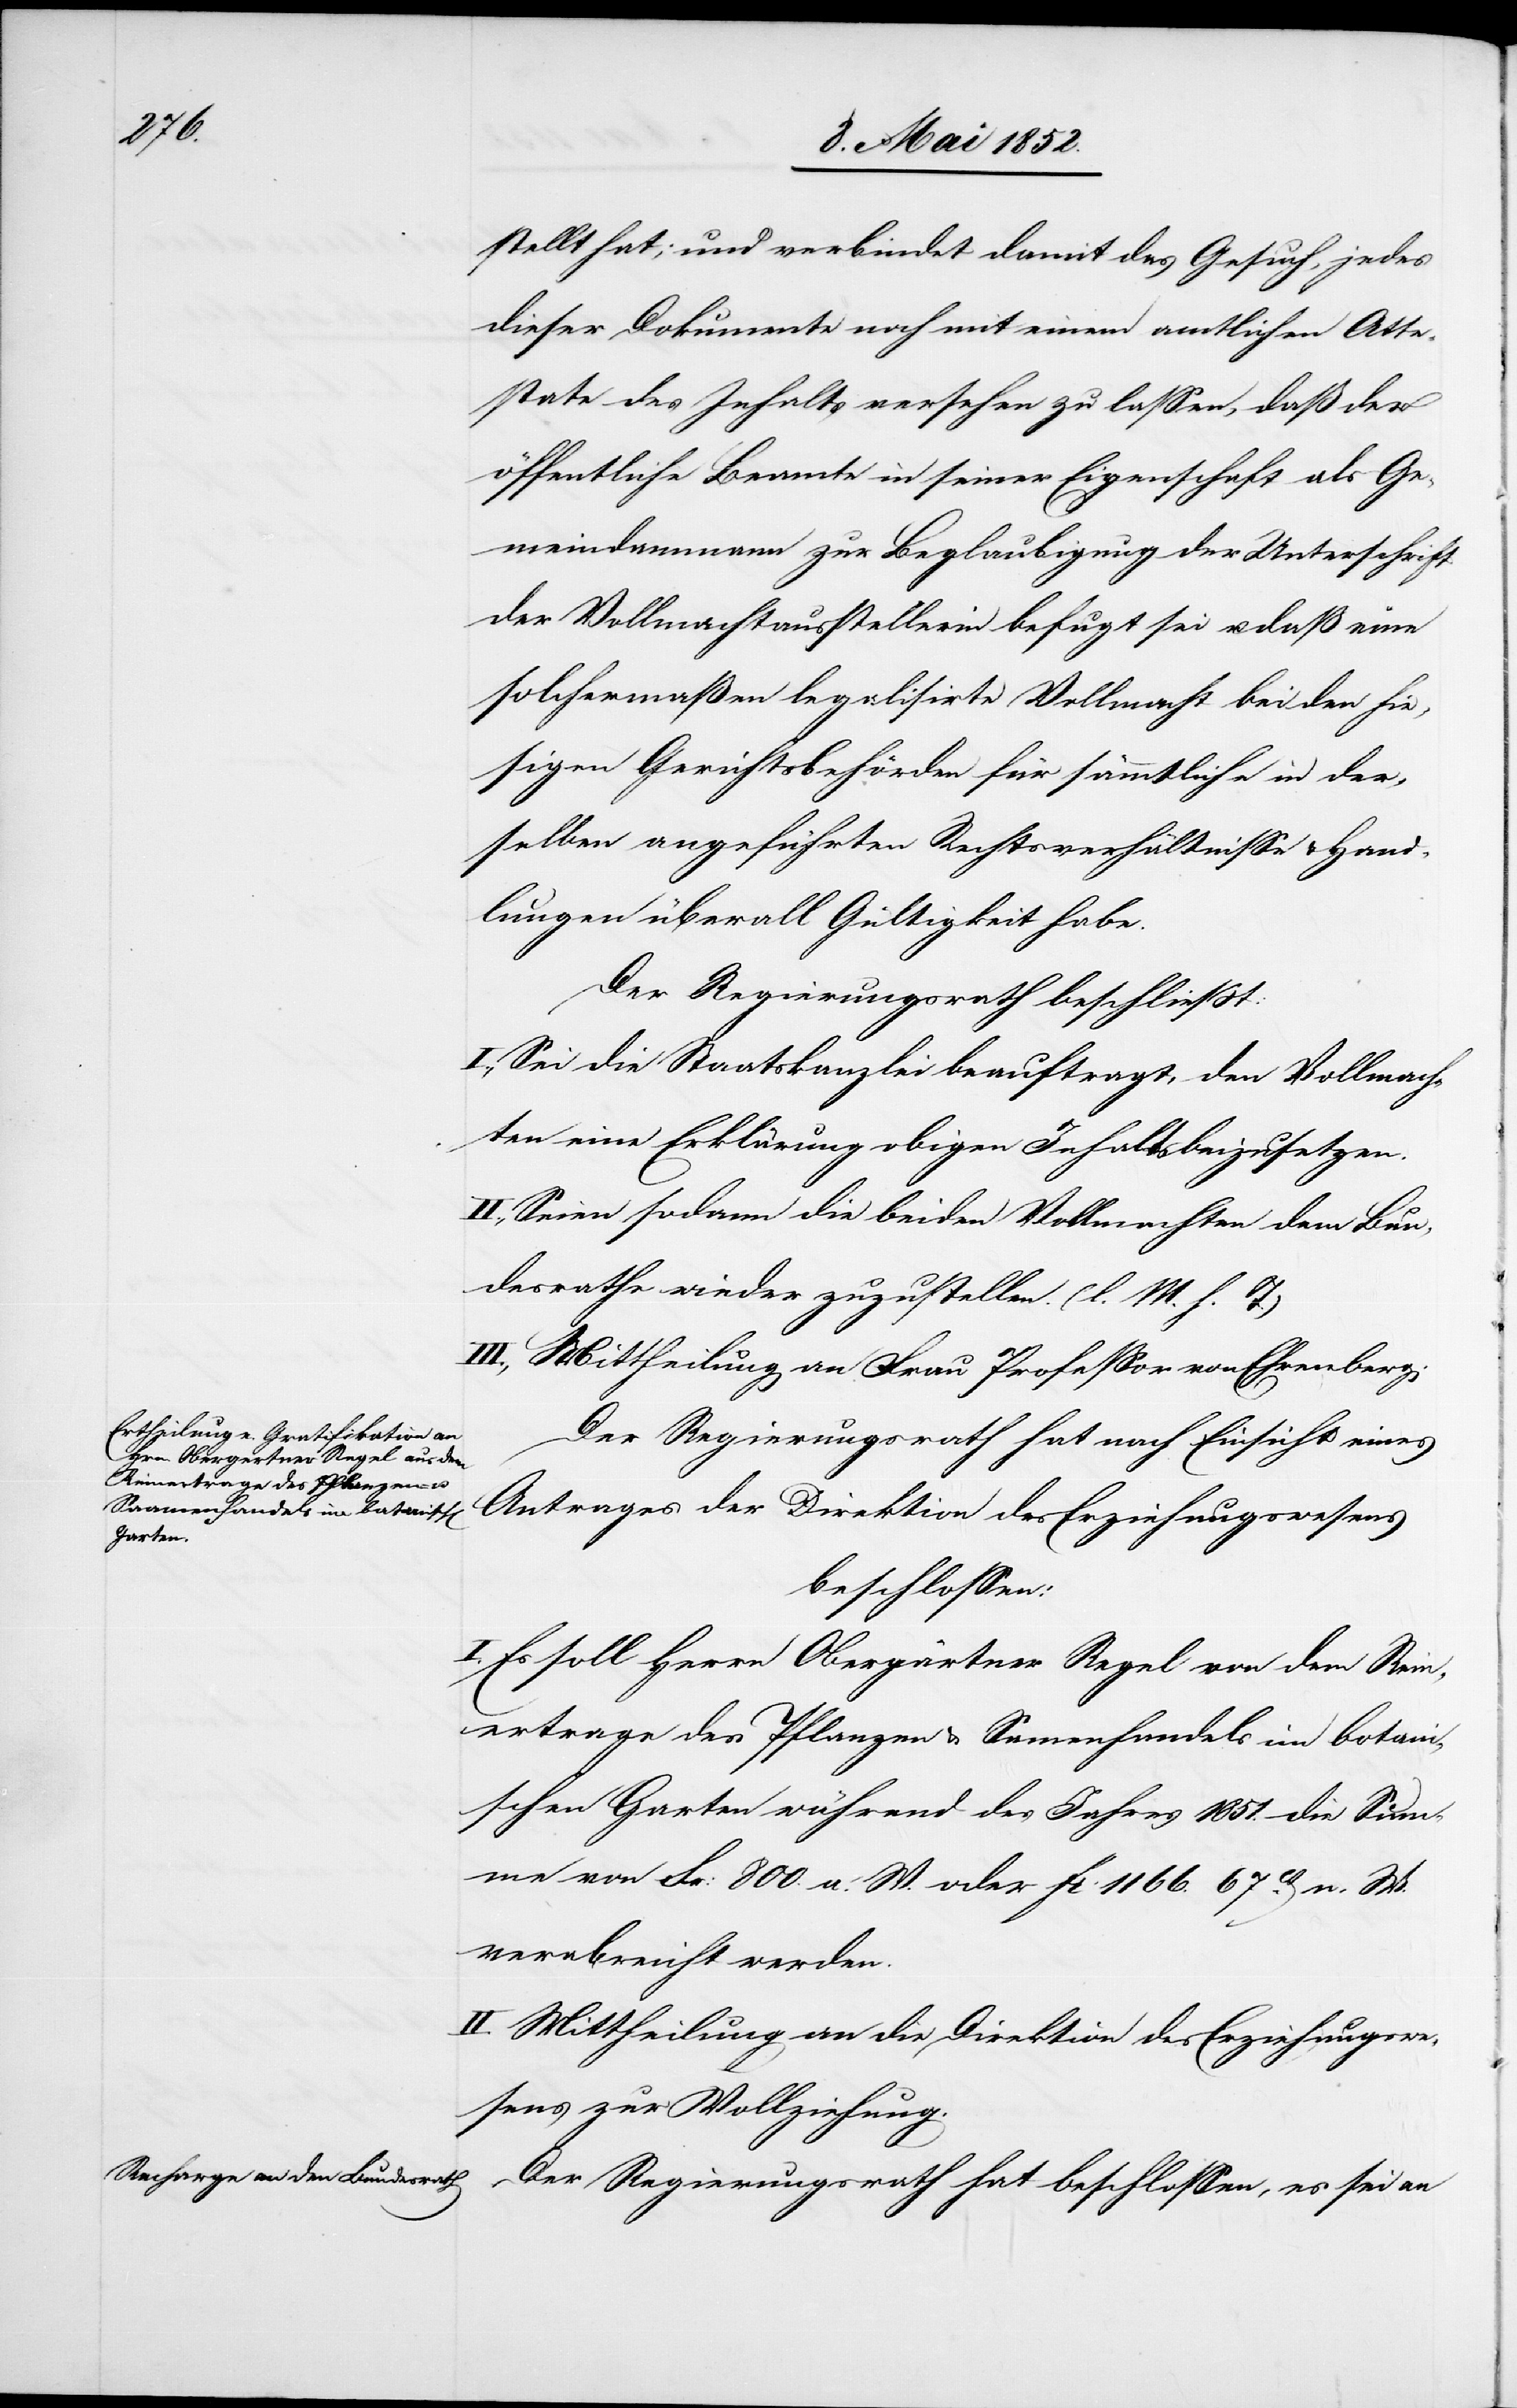
stellt hat; und verbindet damit das Gesuch, jedes
dieser Dokumente noch mit einem amtlichen Atte¬
state des Inhalts versehen zu lassen, daß der
öffentliche Beamte in seiner Eigenschaft als Ge¬
meindammann zur Beglaubigung der Unterschrift
der Vollmachtausstellerin befugt sei u. daß eine
solchermaßen legalisirte Vollmacht bei den hie¬
sigen Gerichtsbehörden für sämmtliche in der¬
selben angeführten Rechtsverhältnisse & Hand¬
lungen überall Gültigkeit habe.
Der Regierungsrath beschliesst:
I., Sei die Staatskanzlei beauftragt, den Vollmach¬
ten eine Erklärung obigen Inhalts beizusetzen.
II., Seien sodann die beiden Vollmachten dem Bun¬
desrathe wieder zuzustellen. (l. M. h. T.)
III., Mittheilung an Frau Professor von Ehrenberg.
Der Regierungsrath hat nach Einsicht eines
Antrages der Direktion des Erziehungswesens
beschlossen:
I. Es soll Herrn Obergärtner Regel von dem Rein¬
ertrage des Pflanzen[-] & Samenhandels im botan¬
ischen Garten während des Jahres 1851. die Sum¬
me von Fr: 800. a. W. oder Fr 1166. 67ct. n. W.
verabreicht werden.
II. Mittheilung an die Direktion des Erziehungswe¬
sens zur Vollziehung.
Der Regierungsrath hat beschlossen, es sei an